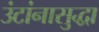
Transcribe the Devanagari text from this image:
उंटांनासुद्धा